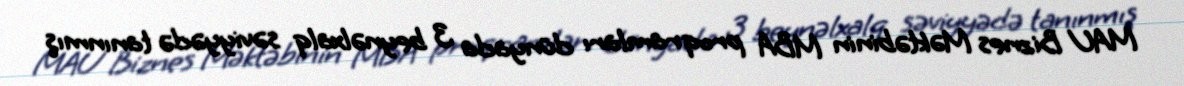
MAU Biznes Məktəbinin MBA proqramları dünyada 3 beynəlxalq səviyyədə tanınmış